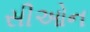
સીઓન